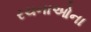
રચનાઓના